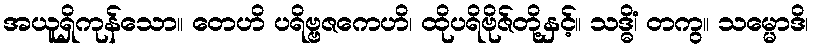
အယူရှိကုန်သော။ တေဟိ ပရိဗ္ဗဇကေဟိ၊ ထိုပရိဗိုဇ်တို့နှင့်။ သဒ္ဓိံ၊ တကွ။ သမ္မောဒိ၊